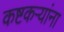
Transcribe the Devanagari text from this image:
कष्टकऱ्यांना